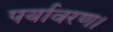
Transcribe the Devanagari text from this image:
पर्यावरण।